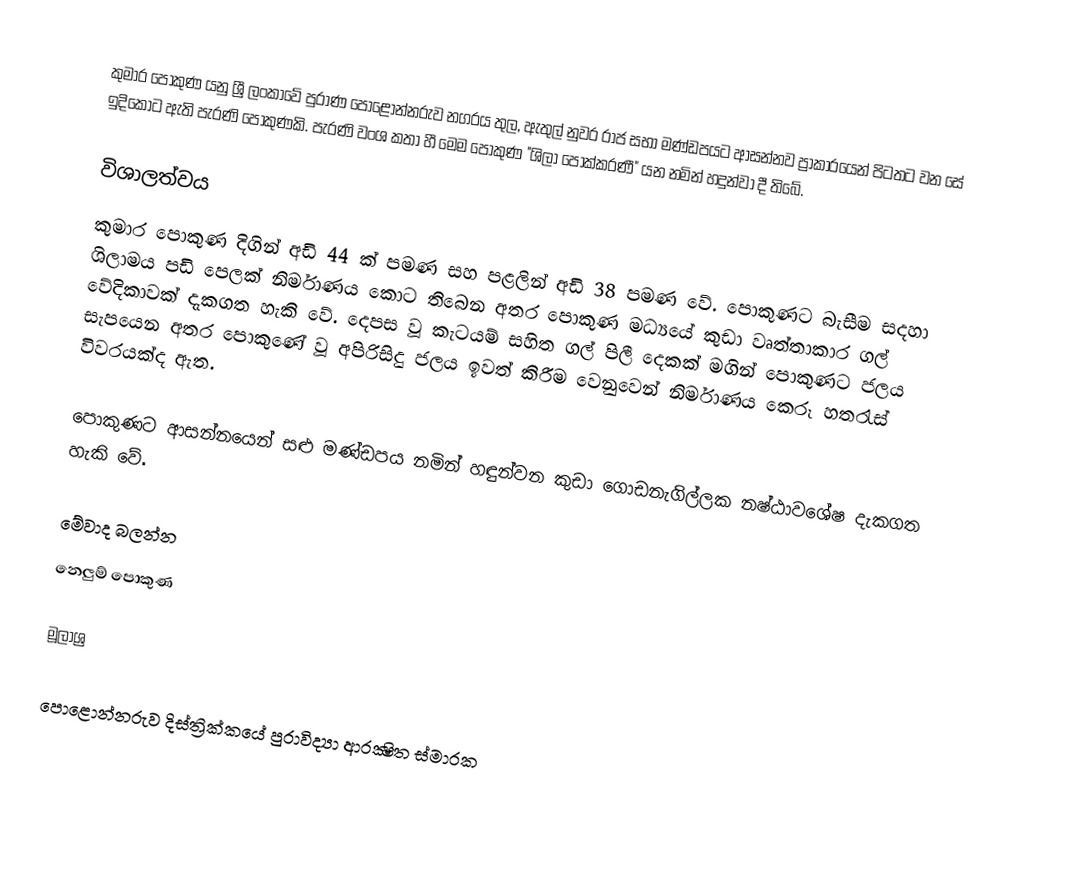
කුමාර පොකුණ යනු ශ්‍රී ලංකාවේ පුරාණ පොළොන්නරුව නගරය තුල, ඇතුල් නුවර රාජ සභා මණ්ඩපයට ආසන්නව ප්‍රාකාරයෙන් පිටතට වන සේ ඉදිකොට ඇති පැරණි පොකුණකි. පැරණි වංශ කතා හී මෙම පොකුණ "ශිලා පොක්කරණී" යන නමින් හදුන්වා දී තිබේ.

විශාලත්වය
කුමාර පොකුණ දිගින් අඩි 44 ක් පමණ සහ පළලින් අඩි 38 පමණ වේ. පොකුණට බැසීම සදහා ශිලාමය පඩි පෙලක් නිර්මාණය කොට තිබෙන අතර  පොකුණ මධ්‍යයේ කුඩා වෘත්තාකාර ගල් වේදිකාවක් දැකගත හැකි වේ. දෙපස වූ කැටයම් සහිත ගල් පිලී දෙකක් මගින් පොකුණට ජලය සැපයෙන අතර පොකුණේ වූ අපිරිසිදු ජලය ඉවත් කිරීම වෙනුවෙන් නිර්මාණය කෙරූ හතරැස් විවරයක්ද ඇත.

පොකුණට ආසන්නයෙන් සළු මණ්ඩපය නමින් හඳුන්වන කුඩා ගොඩනැගිල්ලක නෂ්ඨාවශේෂ දැකගත හැකි වේ.

මේවාද බලන්න
 නෙලුම් පොකුණ

මූලාශ්‍ර

පොළොන්නරුව දිස්ත්‍රික්කයේ පුරාවිද්‍යා ආරක්‍ෂිත ස්මාරක